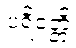
ပရိဝတ္တိ